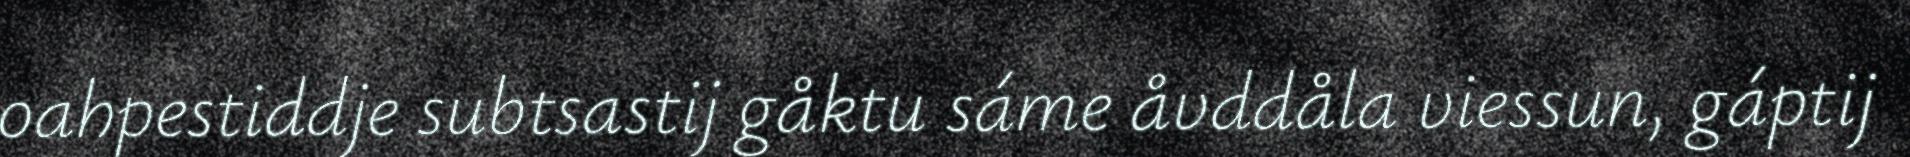
oahpestiddje subtsastij gåktu sáme åvddåla viessun, gáptij